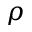
\rho